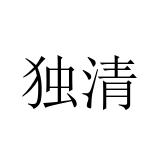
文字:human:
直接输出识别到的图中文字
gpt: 独清